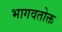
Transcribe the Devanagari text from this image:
भागवतोक्त